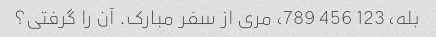
بله، 123 456 789، مری از سفر مبارک. آن را گرفتی؟